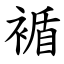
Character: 䙉